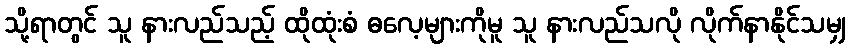
သို့ရာတွင် သူ နားလည်သည့် ထိုထုံးစံ ဓလေ့များကိုမူ သူ နားလည်သလို လိုက်နာနိုင်သမျှ